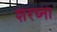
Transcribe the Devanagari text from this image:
शरघ्ना